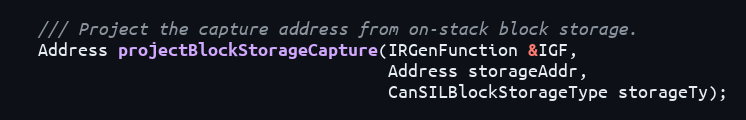
Language: C
  /// Project the capture address from on-stack block storage.
  Address projectBlockStorageCapture(IRGenFunction &IGF,
                                     Address storageAddr,
                                     CanSILBlockStorageType storageTy);